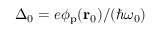
\Delta _ { 0 } = e \phi _ { \mathrm { p } } ( \mathbf { r } _ { 0 } ) / ( \hbar \omega _ { 0 } )